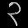
Digit: ၃